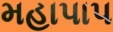
મહાપાપ